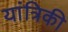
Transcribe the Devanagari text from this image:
यांत्रिकी